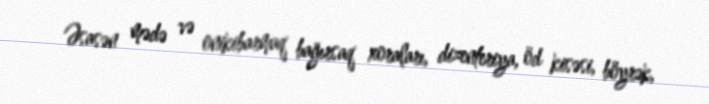
Əsasən mədə və onikibarmaq bağırsaq xoraları, dizenteriya, öd kisəsi, böyrək,